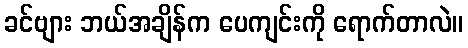
ခင်ဗျား ဘယ်အချိန်က ပေကျင်းကို ရောက်တာလဲ။